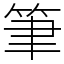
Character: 筆